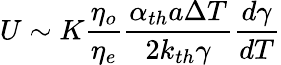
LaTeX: U\sim K\frac{\eta_{o}}{\eta_{e}}\frac{\alpha_{th}a\Delta T}{2k_{th}\gamma}\frac{d\gamma}{dT}